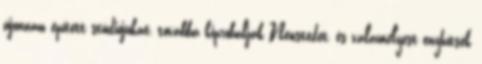
újonnan épített stúdiójukat, továbbá kipróbálják Newstedet, és valamelyest enyhítsék